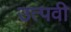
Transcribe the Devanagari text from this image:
उत्पवी